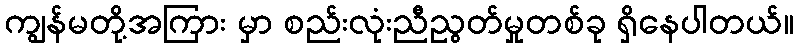
ကျွန်မတို့အကြား မှာ စည်းလုံးညီညွတ်မှုတစ်ခု ရှိနေပါတယ်။